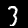
Label: 3